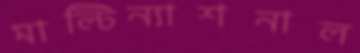
মাল্টিন্যাশনাল